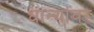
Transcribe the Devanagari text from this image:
धान्यांवर